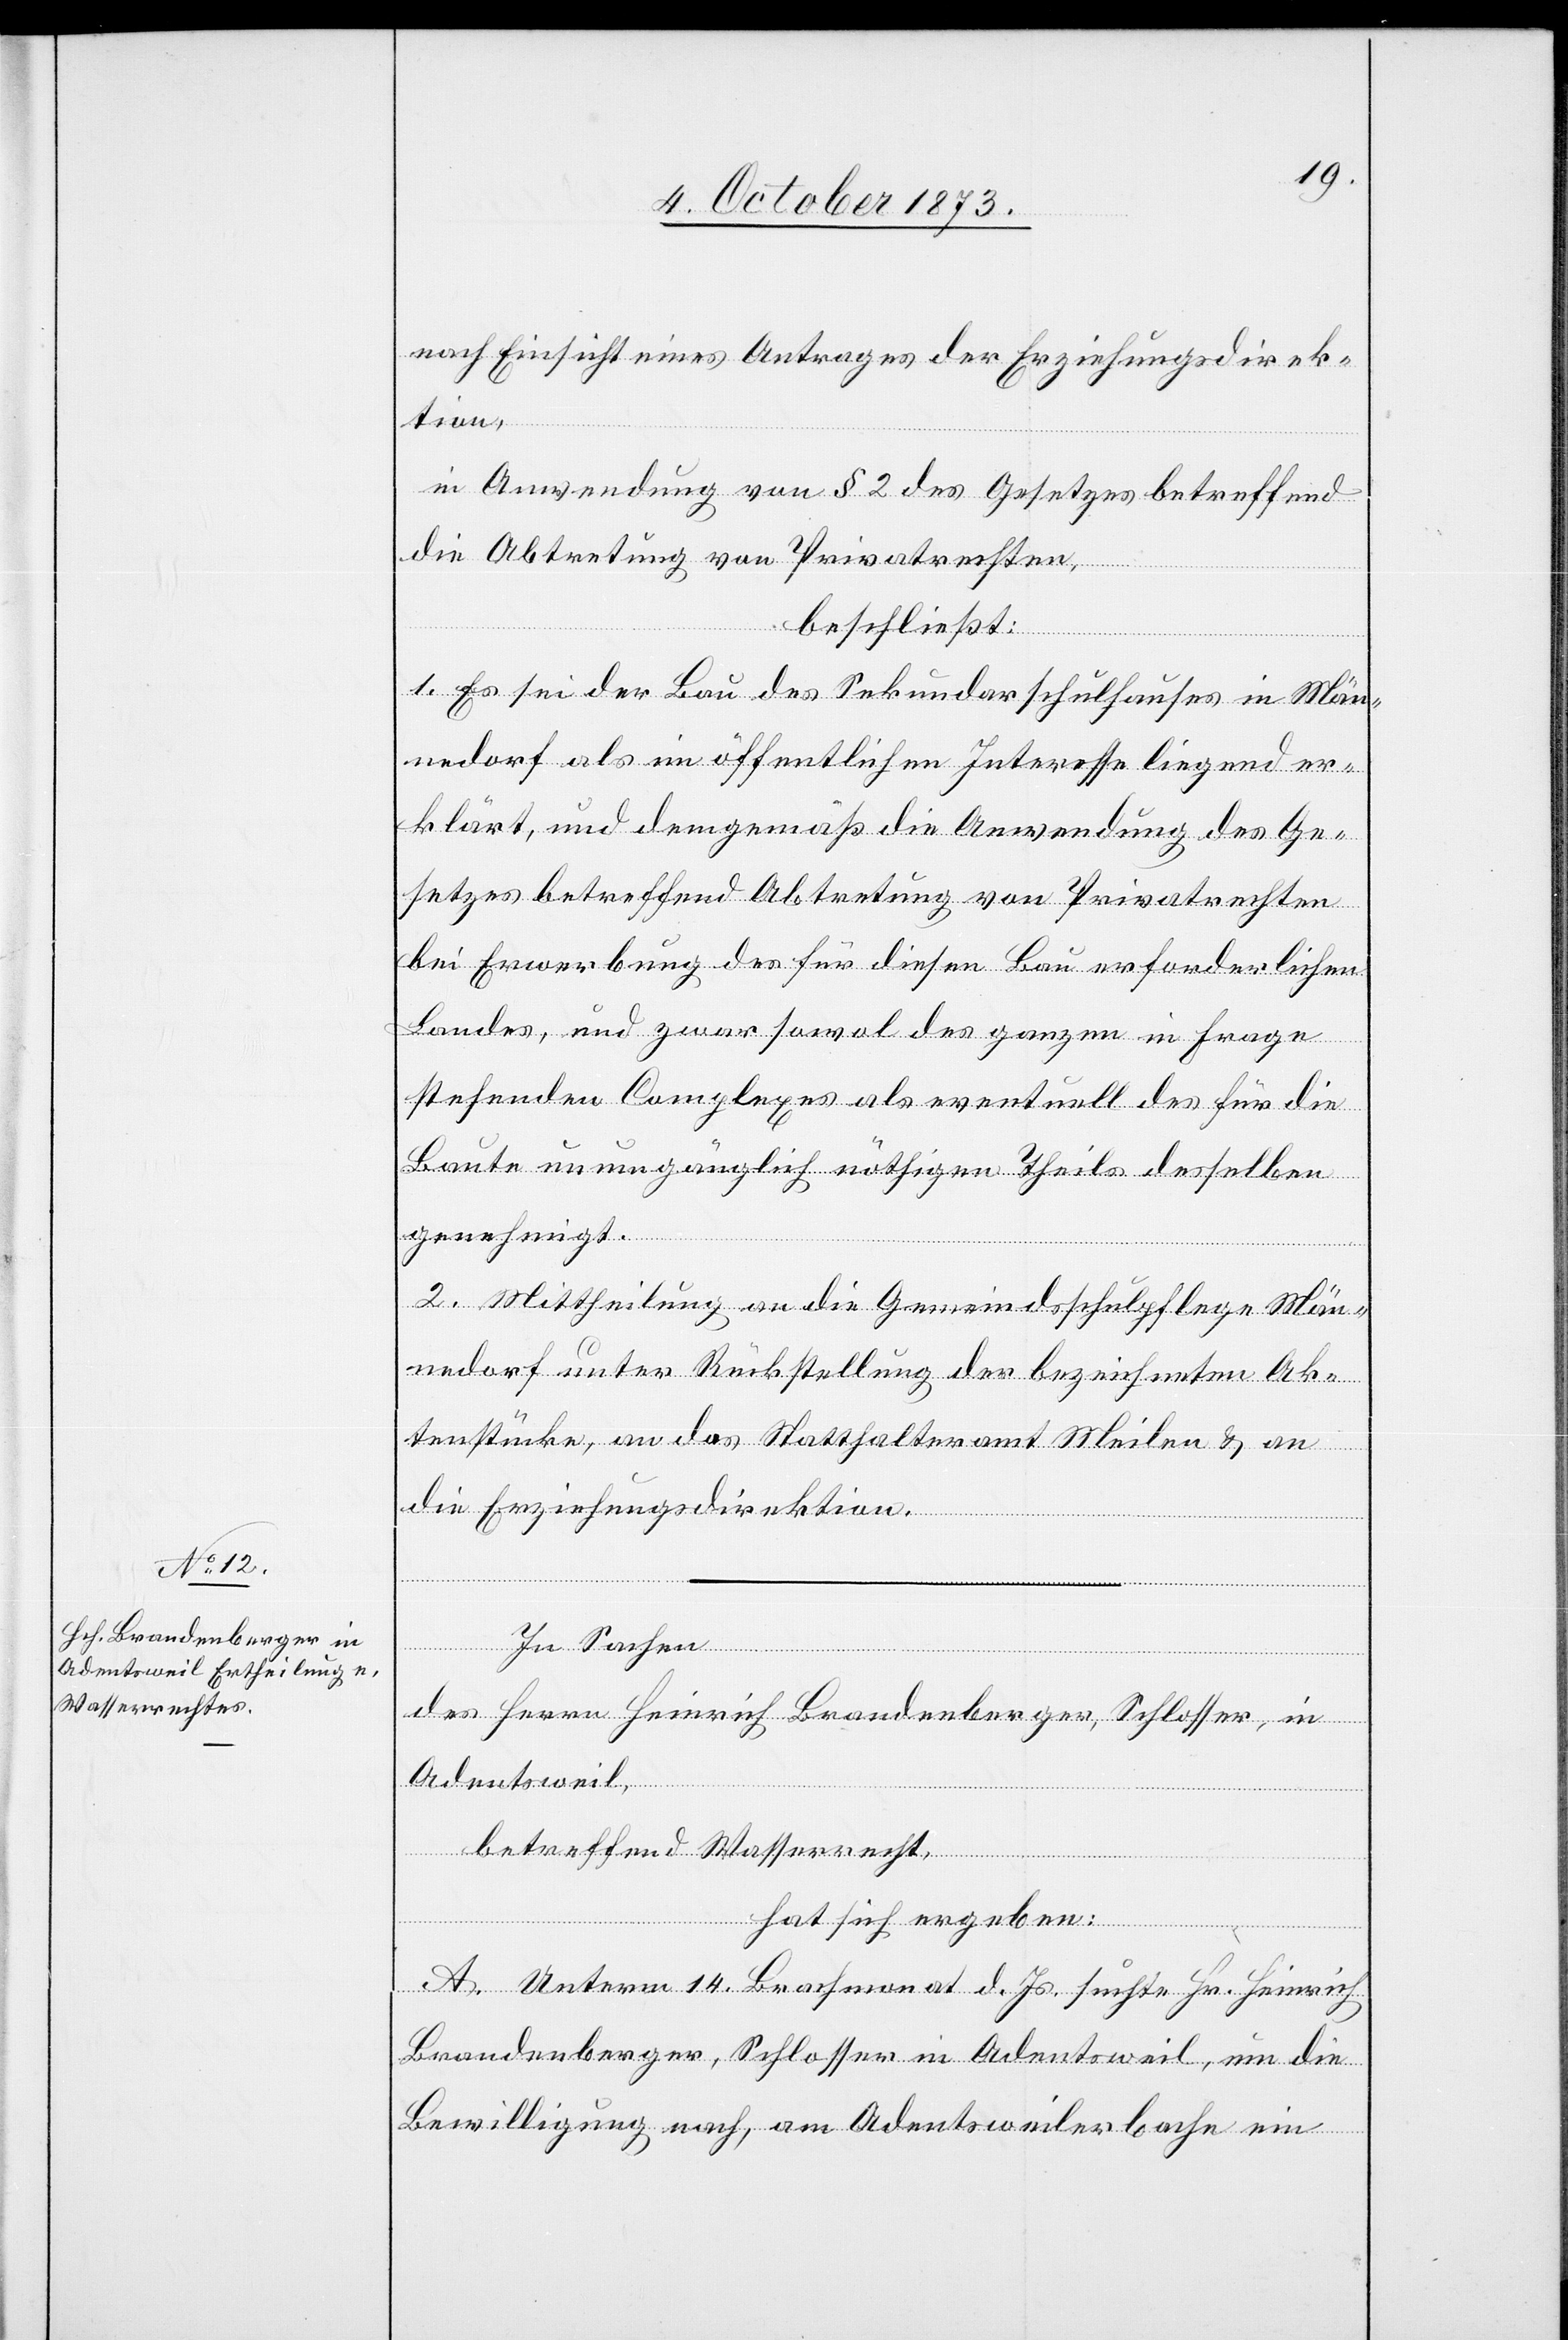
nach Einsicht eines Antrages der Erziehungsdirek¬
tion,
in Anwendung von § 2 des Gesetzes betreffend
die Abtretung von Privatrechten,
beschließt:
1. Es sei der Bau des Sekundarschulhauses in Män¬
nedorf als im öffentlichen Interesse liegend er¬
klärt, und demgemäß die Anwendung des Ge¬
setzes betreffend Abtretung von Privatrechten
bei Erwerbung des für diesen Bau erforderlichen
Landes, und zwar sowol des ganzen in Frage
stehenden Complexes als eventuell des für die
Baute unumgänglich nöthigen Theils desselben
genehmigt.
2. Mittheilung an die Gemeindsschulpflege Män¬
nedorf unter Rückstellung der bezeichneten Ak¬
tenstücke, an das Statthalteramt Meilen & an
die Erziehungsdirektion.
In Sachen
des Herrn Heinrich Brandenberger, Schlosser, in
Adentsweil,
betreffend Wasserrecht,
hat sich ergeben:
A. Unterm 14. Brachmonat d. Js. suchte Hr. Heinrich
Brandenberger, Schlosser in Adentsweil, um die
Bewilligung nach, am Adentsweilerbache ein